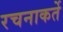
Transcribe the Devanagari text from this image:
रचनाकर्ते